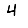
Digit: 4